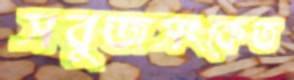
সবুজসংকেত